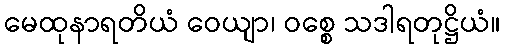
မေထုနာရတိယံ ဝေယျာ၊ ဝစ္စေ သဒါရတုဋ္ဌိယံ။